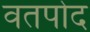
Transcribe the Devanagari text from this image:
वतपोद